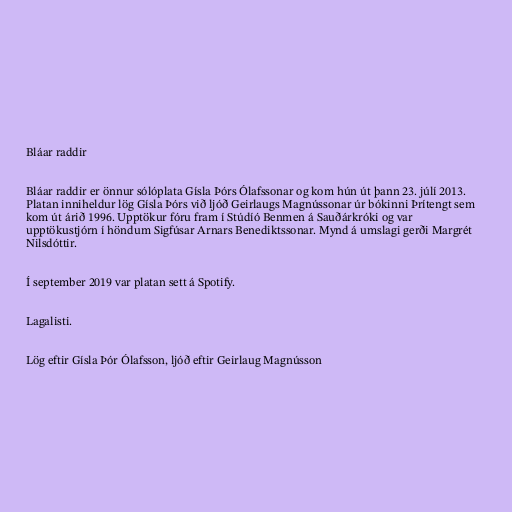
Bláar raddir

Bláar raddir er önnur sólóplata Gísla Þórs Ólafssonar og kom hún út þann 23. júlí 2013.
Platan inniheldur lög Gísla Þórs við ljóð Geirlaugs Magnússonar úr bókinni Þrítengt sem
kom út árið 1996. Upptökur fóru fram í Stúdíó Benmen á Sauðárkróki og var
upptökustjórn í höndum Sigfúsar Arnars Benediktssonar. Mynd á umslagi gerði Margrét
Nilsdóttir.

Í september 2019 var platan sett á Spotify.

Lagalisti.

Lög eftir Gísla Þór Ólafsson, ljóð eftir Geirlaug Magnússon